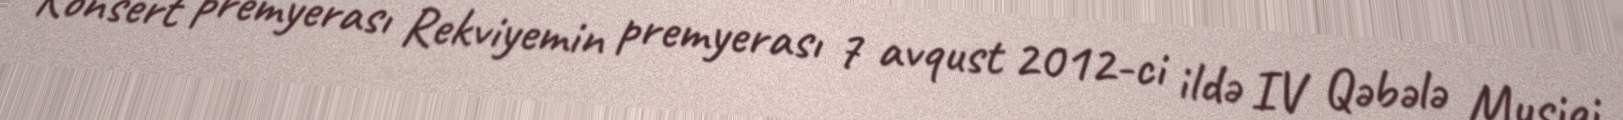
Konsert premyerası Rekviyemin premyerası 7 avqust 2012-ci ildə IV Qəbələ Musiqi